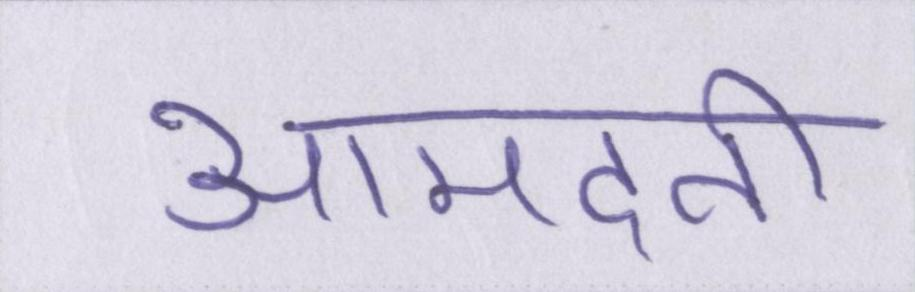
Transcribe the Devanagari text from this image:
आमदनी